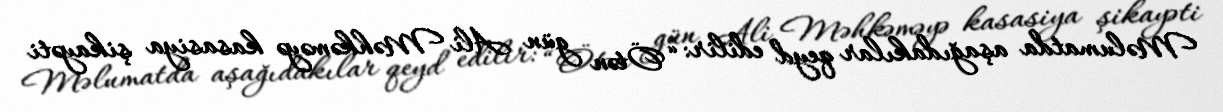
Məlumatda aşağıdakılar qeyd edilir: “Ötən gün Ali Məhkəməyə kasasiya şikayəti